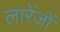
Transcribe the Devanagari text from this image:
लारेंजों